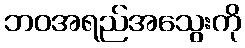
ဘဝအရည်အသွေးကို